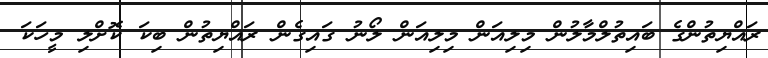
ރައްޔިތުންގެ ބައިތުލްމާލުން މިލިއަން މިލިއަން ލޯނު ގައިގެން ރައްޔިތުން ބިކަ ކޮށްލި މީހަކަ